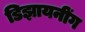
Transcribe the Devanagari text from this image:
डिझायनींग